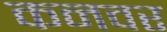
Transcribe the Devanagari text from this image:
कनवर